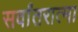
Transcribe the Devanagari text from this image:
सर्वांतरात्मा